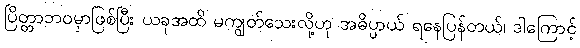
ပြိတ္တာဘဝမှာဖြစ်ပြီး ယခုအထိ မကျွတ်သေးလို့ဟု အဓိပ္ပာယ် ရနေပြန်တယ်၊ ဒါကြောင့်